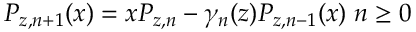
P _ { z , n + 1 } ( x ) = x P _ { z , n } - \gamma _ { n } ( z ) P _ { z , n - 1 } ( x ) \; n \ge 0